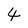
Character: 4